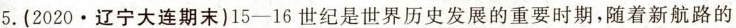
5. (2020 · 辽宁大连期末) 15-16世纪是世界历史发展的重要时期，随着新航路的